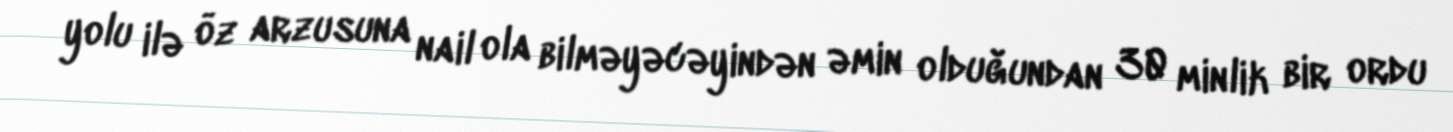
yolu ilə öz arzusuna nail ola bilməyəcəyindən əmin olduğundan 30 minlik bir ordu